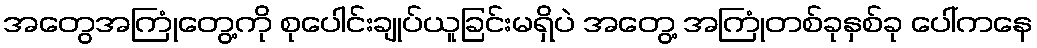
အတွေအကြုံတွေ့ကို စုပေါင်းချုပ်ယူခြင်းမရှိပဲ အတွေ့ အကြုံတစ်ခုနှစ်ခု ပေါ်ကနေ